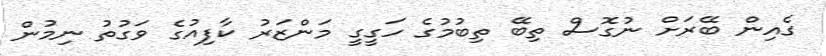
ގެއިން ބޭރަށް ނުގޮސް ތިބޭ ތިބުމުގެ ހަގީގީ މަންޒަރު ކާފިއުގެ ވަގުތު ނިމުން